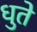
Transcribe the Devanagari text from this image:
धुते